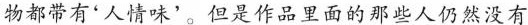
物都带有“人情味’。但是作品里面的那些人仍然没有